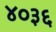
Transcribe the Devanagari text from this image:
४०३६